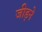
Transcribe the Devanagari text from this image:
जीड़ने